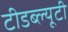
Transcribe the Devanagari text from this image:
टीडब्ल्यूटी